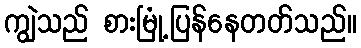
ကျွဲသည် စားမြုံ့ပြန်နေတတ်သည်။